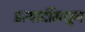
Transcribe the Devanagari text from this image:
इत्यादींमधून